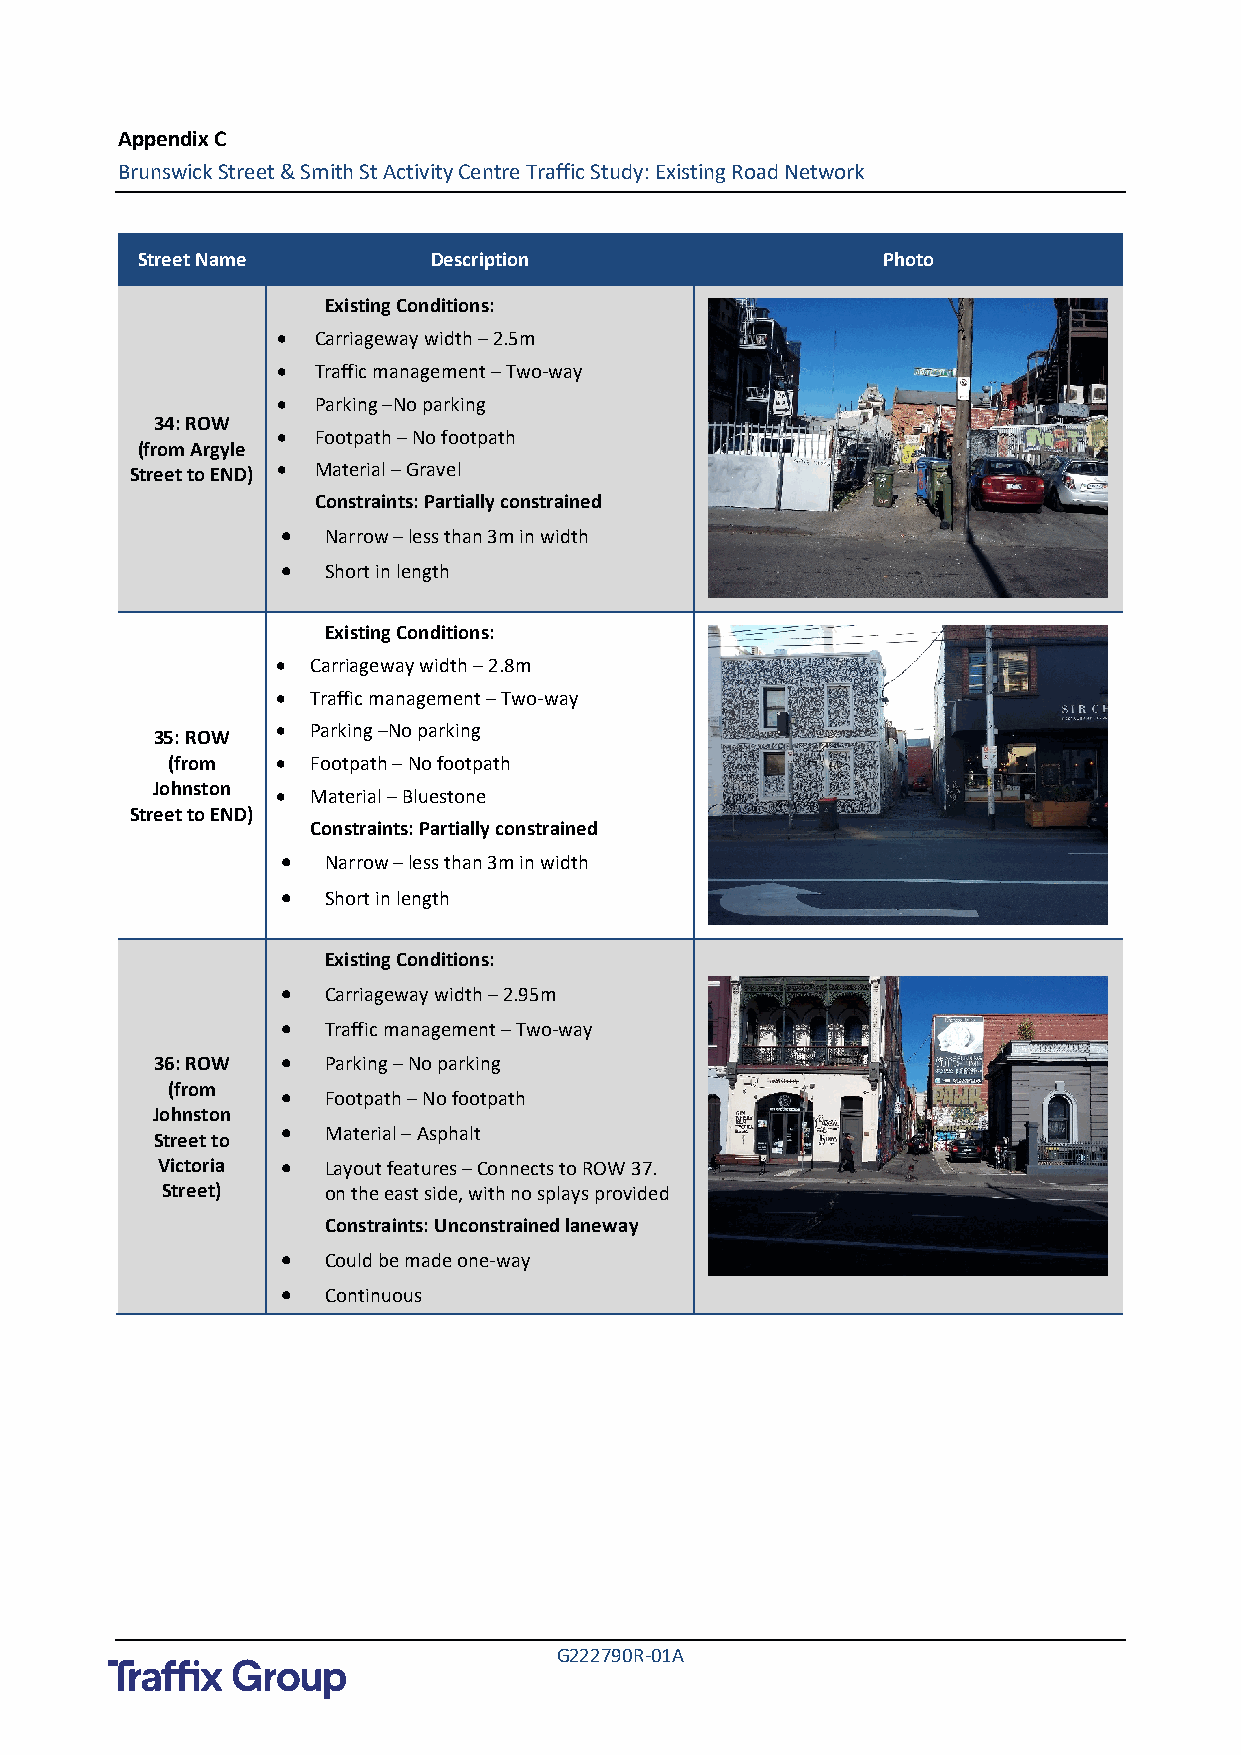
Appendix C
 Brunswick Street & Smith St Activity Centre Traffic Study: Existing Road Network
 Street Name        Description                   Photo
 Existing Conditions:
 •  Carriageway width – 2.5m
 •  Traffic management – Two-way
 •  Parking –No parking
 34: ROW
 •  Footpath – No footpath
 (from Argyle
 Street to END) • Material – Gravel
 Constraints: Partially constrained
 •  Narrow – less than 3m in width
 •  Short in length
 Existing Conditions:
 •  Carriageway width – 2.8m
 •  Traffic management – Two-way
 •  Parking –No parking
 35: ROW
 (from  •  Footpath – No footpath
 Johnston • Material – Bluestone
 Street to END)
 Constraints: Partially constrained
 •  Narrow – less than 3m in width
 •  Short in length
 Existing Conditions:
 •  Carriageway width – 2.95m
 •  Traffic management – Two-way
 36: ROW  •  Parking – No parking
 (from   •  Footpath – No footpath
 Johnston
 •  Material – Asphalt
 Street to
 Victoria •  Layout features – Connects to ROW 37.
 Street)    on the east side, with no splays provided
 Constraints: Unconstrained laneway
 •  Could be made one-way
 •  Continuous
 G222790R-01A